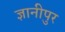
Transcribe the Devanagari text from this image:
ज्ञानीपुर